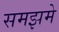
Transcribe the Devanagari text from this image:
समझमे